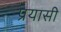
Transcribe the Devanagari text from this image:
प्रयासी